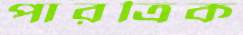
পারত্রিক